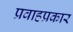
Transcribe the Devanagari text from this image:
प्रवाहप्रकार